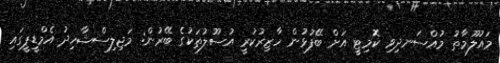
މައުލޫމާތު މުއްސަނދިވި ކޮމިޓީ އަށް ބޭފުޅުން ހާޒިރުކުރީ އުސޫލުތަކުގެ ބޭރުން: މަޖިލިސްޝާހިދު އެމްޑީޕީގައި